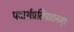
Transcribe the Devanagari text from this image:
पदार्थप्रतिपादनम्।